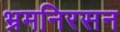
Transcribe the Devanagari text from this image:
भ्रमनिरसन